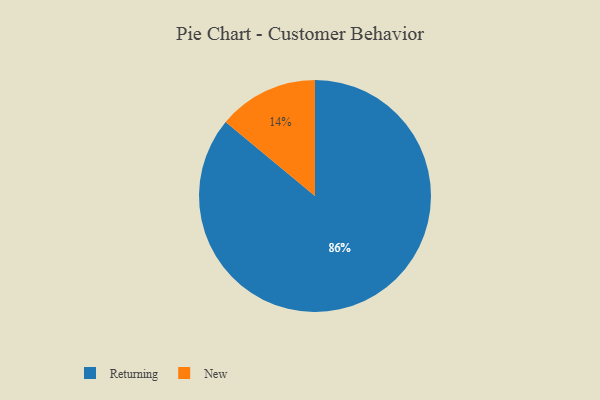
{"axis": {"x": "Category", "y": "Percentage"}, "legend": ["New", "Returning"], "data": [{"x": "New", "y": 14, "type": "New"}, {"x": "Returning", "y": 86, "type": "Returning"}]}